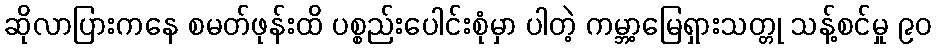
ဆိုလာပြားကနေ စမတ်ဖုန်းထိ ပစ္စည်းပေါင်းစုံမှာ ပါတဲ့ ကမ္ဘာ့မြေရှားသတ္တု သန့်စင်မှု ၉၀